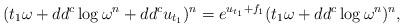
LaTeX: \begin{align*} (t_1 \omega + dd^c \log \omega^n + dd^c u_{t_1})^n = e^{u_{t_1} + f_1} (t_1 \omega + dd^c \log \omega^n)^n, \end{align*}